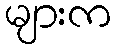
များက